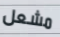
مشعل